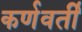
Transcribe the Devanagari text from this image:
कर्णवर्ती